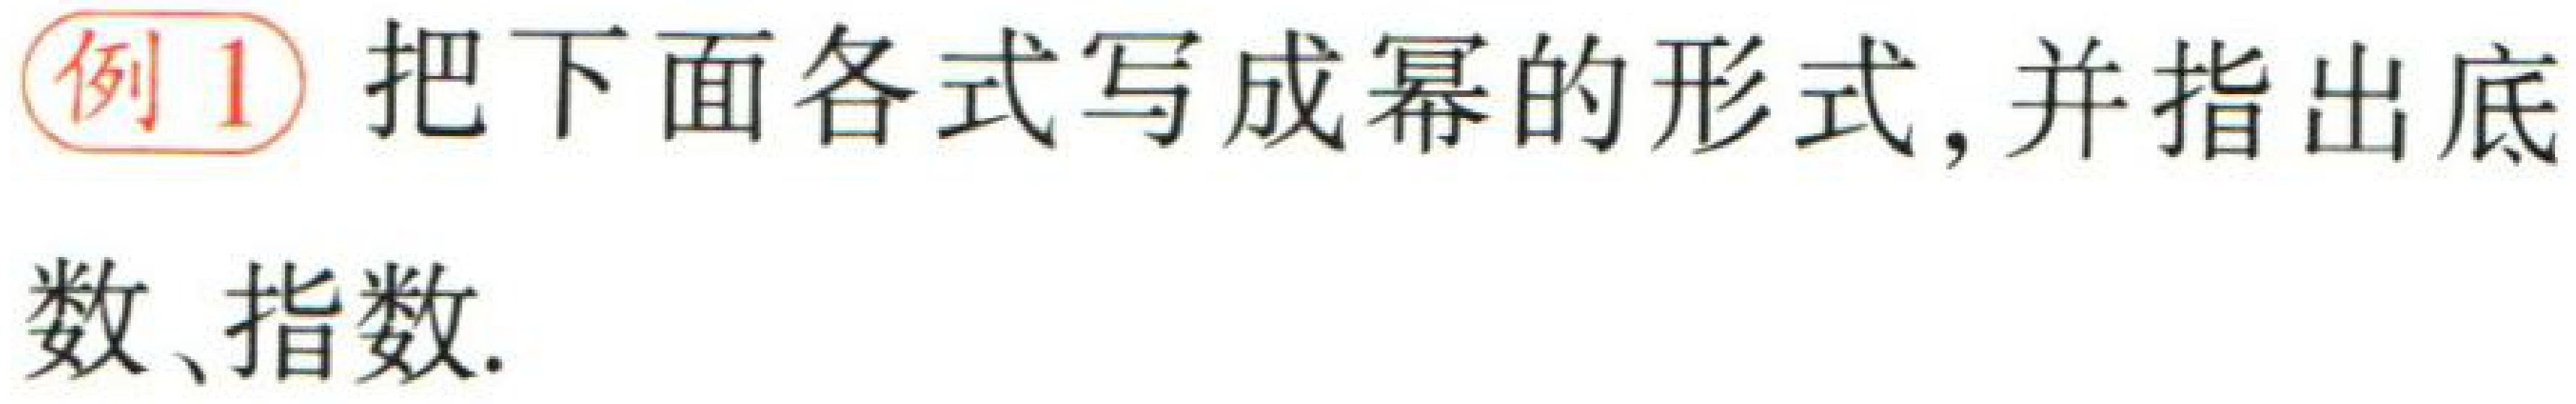
例1 把下面各式写成幂的形式, 并指出底数、指数.